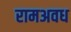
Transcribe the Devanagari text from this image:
रामअवध